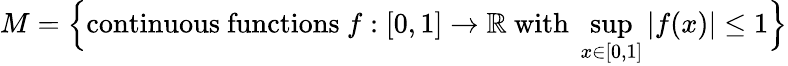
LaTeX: M={\Big\{ }{\mathrm{continuous~functions~}}f:[0,1]\to\mathbb{R}{\mathrm{~with~}}\operatorname*{sup}_{x\in[0,1]}|f(x)|\leq 1{\Big\} }